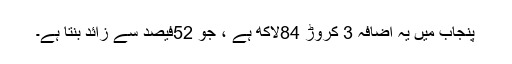
پنجاب میں یہ اضافہ 3 کروڑ 84لاکھ ہے ، جو 52فیصد سے زائد بنتا ہے۔